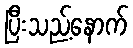
ပြီးသည့်နောက်